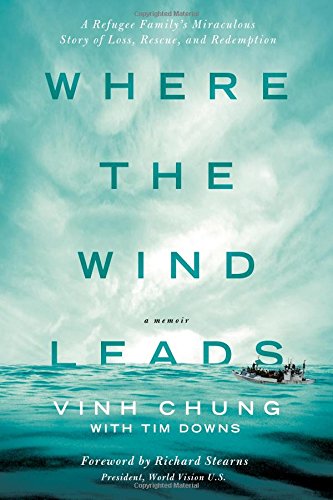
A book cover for Where the Wind Leads: A Refugee Family's Miraculous Story of Loss, Rescue, and Redemption; Dr. Vinh Chung; Biographies & Memoirs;